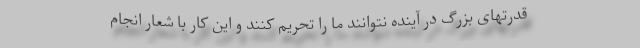
قدرتهای بزرگ در آینده نتوانند ما را تحریم کنند و این کار با شعار انجام